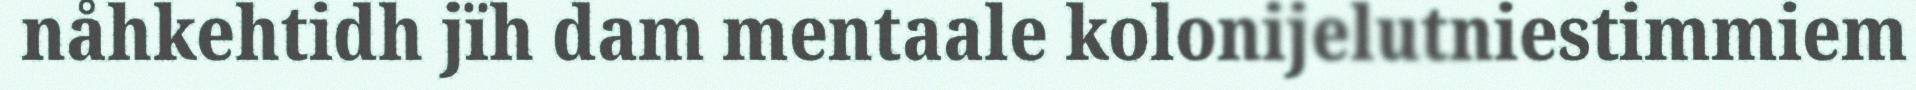
nåhkehtidh jïh dam mentaale kolonijelutniestimmiem